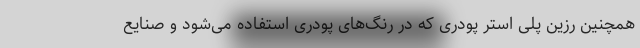
همچنین رزین پلی استر پودری که در رنگ‌های پودری استفاده می‌شود و صنایع